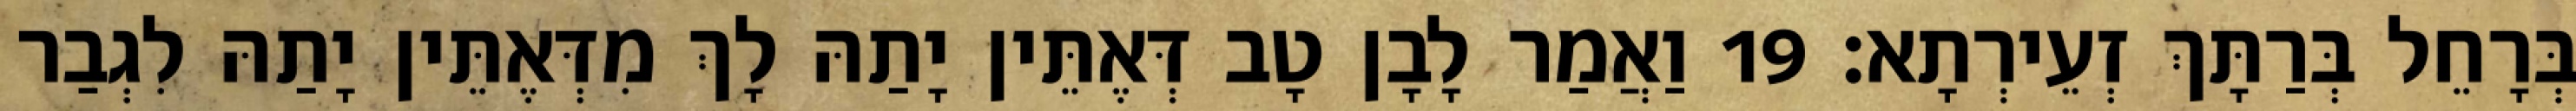
בְּרָחֵל בְּרַתָּךְ זְעֵירְתָא׃ 19 וַאֲמַר לָבָן טָב דְּאֶתֵּין יָתַהּ לָךְ מִדְּאֶתֵּין יָתַהּ לִגְבַר